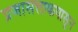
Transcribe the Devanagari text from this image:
प्रजासत्ताकपासून